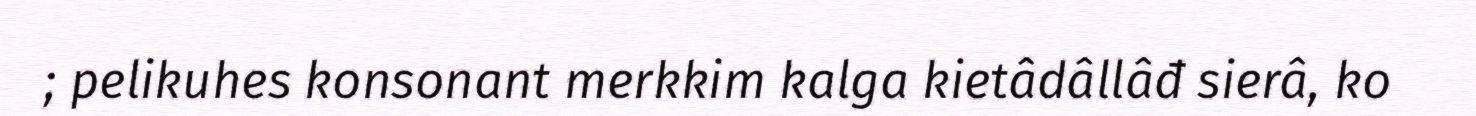
; pelikuhes konsonant merkkim kalga kietâdâllâđ sierâ, ko